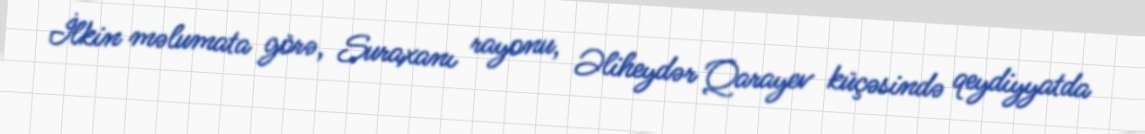
İlkin məlumata görə, Suraxanı rayonu, Əliheydər Qarayev küçəsində qeydiyyatda